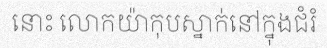
នោះ លោកយ៉ាកុបស្នាក់នៅក្នុងជំរំ